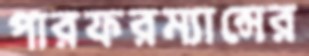
পারফরম্যান্সের